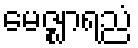
မေဇ္ဈာရညံ